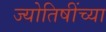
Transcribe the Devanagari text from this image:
ज्योतिषींच्या